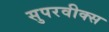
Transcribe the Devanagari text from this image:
सुपरवीक्स